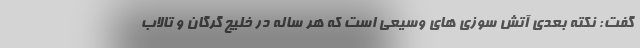
گفت: نکته بعدی آتش سوزی های وسیعی است که هر ساله در خلیج گرگان و تالاب